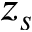
z _ { s }